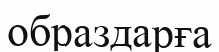
образдарға